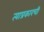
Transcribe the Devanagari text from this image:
त्याप्रकारची